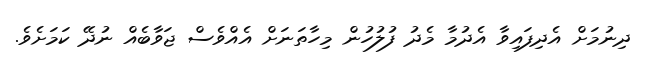
ދިނުމަށް އެދިފައިވާ އެދުމާ މެދު ފުލުހުން މިހާތަނަށް އެއްވެސް ޖަވާބެއް ނުދޭ ކަމަށެވެ.